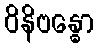
ဝိနိဗန္ဓော